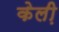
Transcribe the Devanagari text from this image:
केली़